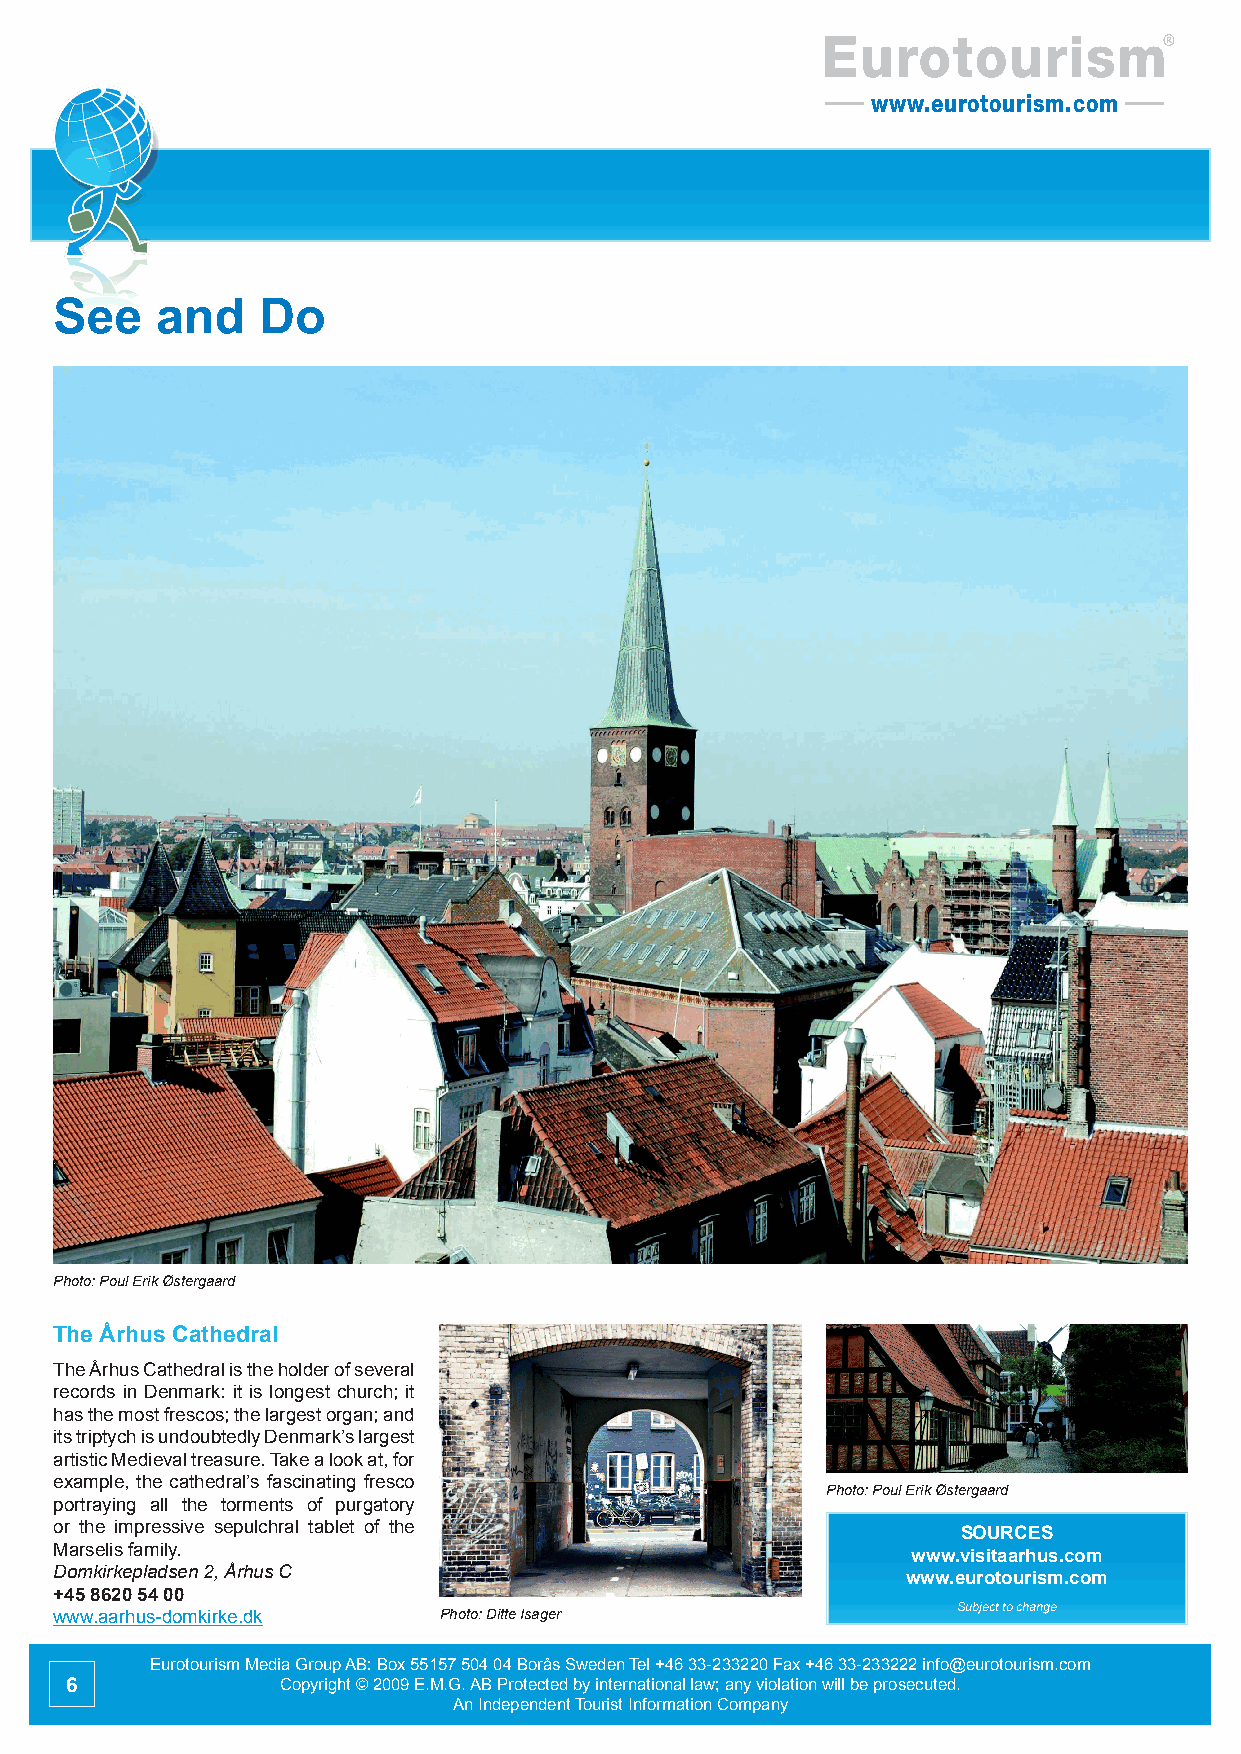
Eurotourism
 www.eurotourism.com
 See   and    Do
 Photo: Poul Erik Østergaard
 The Århus Cathedral
 The Århus Cathedral is the holder of several
 records in Denmark: it is longest church; it
 has the most frescos; the largest organ; and
 its triptych is undoubtedly Denmark’s largest
 artistic Medieval treasure. Take a look at, for
 example, the cathedral’s fascinating fresco
 Photo: Poul Erik Østergaard
 portraying all the torments of purgatory
 or the impressive sepulchral tablet of the
 SOURCES
 Marselis family.
 www.visitaarhus.com
 Domkirkepladsen 2, Århus C
 www.eurotourism.com
 +45 8620 54 00
 Subject to change
 www.aarhus-domkirke.dk   Photo: Ditte Isager
 Eurotourism Media Group AB: Box 55157 504 04 Borås Sweden Tel +46 33-233220 Fax +46 33-233222 info@eurotourism.com
 6              Copyright © 2009 E.M.G. AB Protected by international law; any violation will be prosecuted.
 An Independent Tourist Information Company